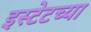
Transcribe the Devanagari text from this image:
इस्टेटच्या